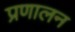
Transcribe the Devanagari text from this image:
प्रणालन